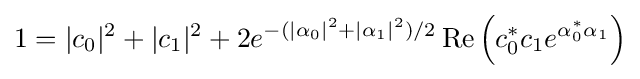
1=|c_{0}|^{2}+|c_{1}|^{2}+2e^{-(|\alpha _{0}|^{2}+|\alpha _{1}|^{2})/2}\operatorname {Re} \left(c_{0}^{*}c_{1}e^{\alpha _{0}^{*}\alpha _{1}}\right)